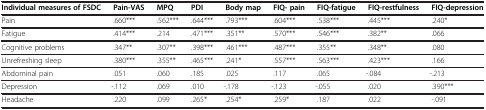
| Individual measures of FSDC | Pain-VAS | MPQ | PDI | Body map | FIQ- pain | FIQ-fatigue | FIQ-restfulness | FIQ-depression |
 | --- | --- | --- | --- | --- | --- | --- | --- | --- |
 | Pain | .660*** | .562*** | .644*** | .793*** | .604*** | .538*** | .445*** | .240* |
 | Fatigue | .414*** | .214 | .471*** | .351** | .570*** | .546*** | .382** | .066 |
 | Cognitive problems | .347** | .307** | .398*** | .461*** | .487*** | .355** | .348** | .080 |
 | Unrefreshing sleep | .380*** | .355** | .465*** | .241* | .557*** | .563*** | .423*** | .166 |
 | Abdominal pain | .051 | .060 | .185 | .025 | .117 | .065 | -.084 | -.213 |
 | Depression | -.112 | .069 | .010 | -.178 | -.123 | -.055 | .020 | .390*** |
 | Headache | .220 | .099 | .265* | .254* | .259* | .187 | .022 | -.091 |